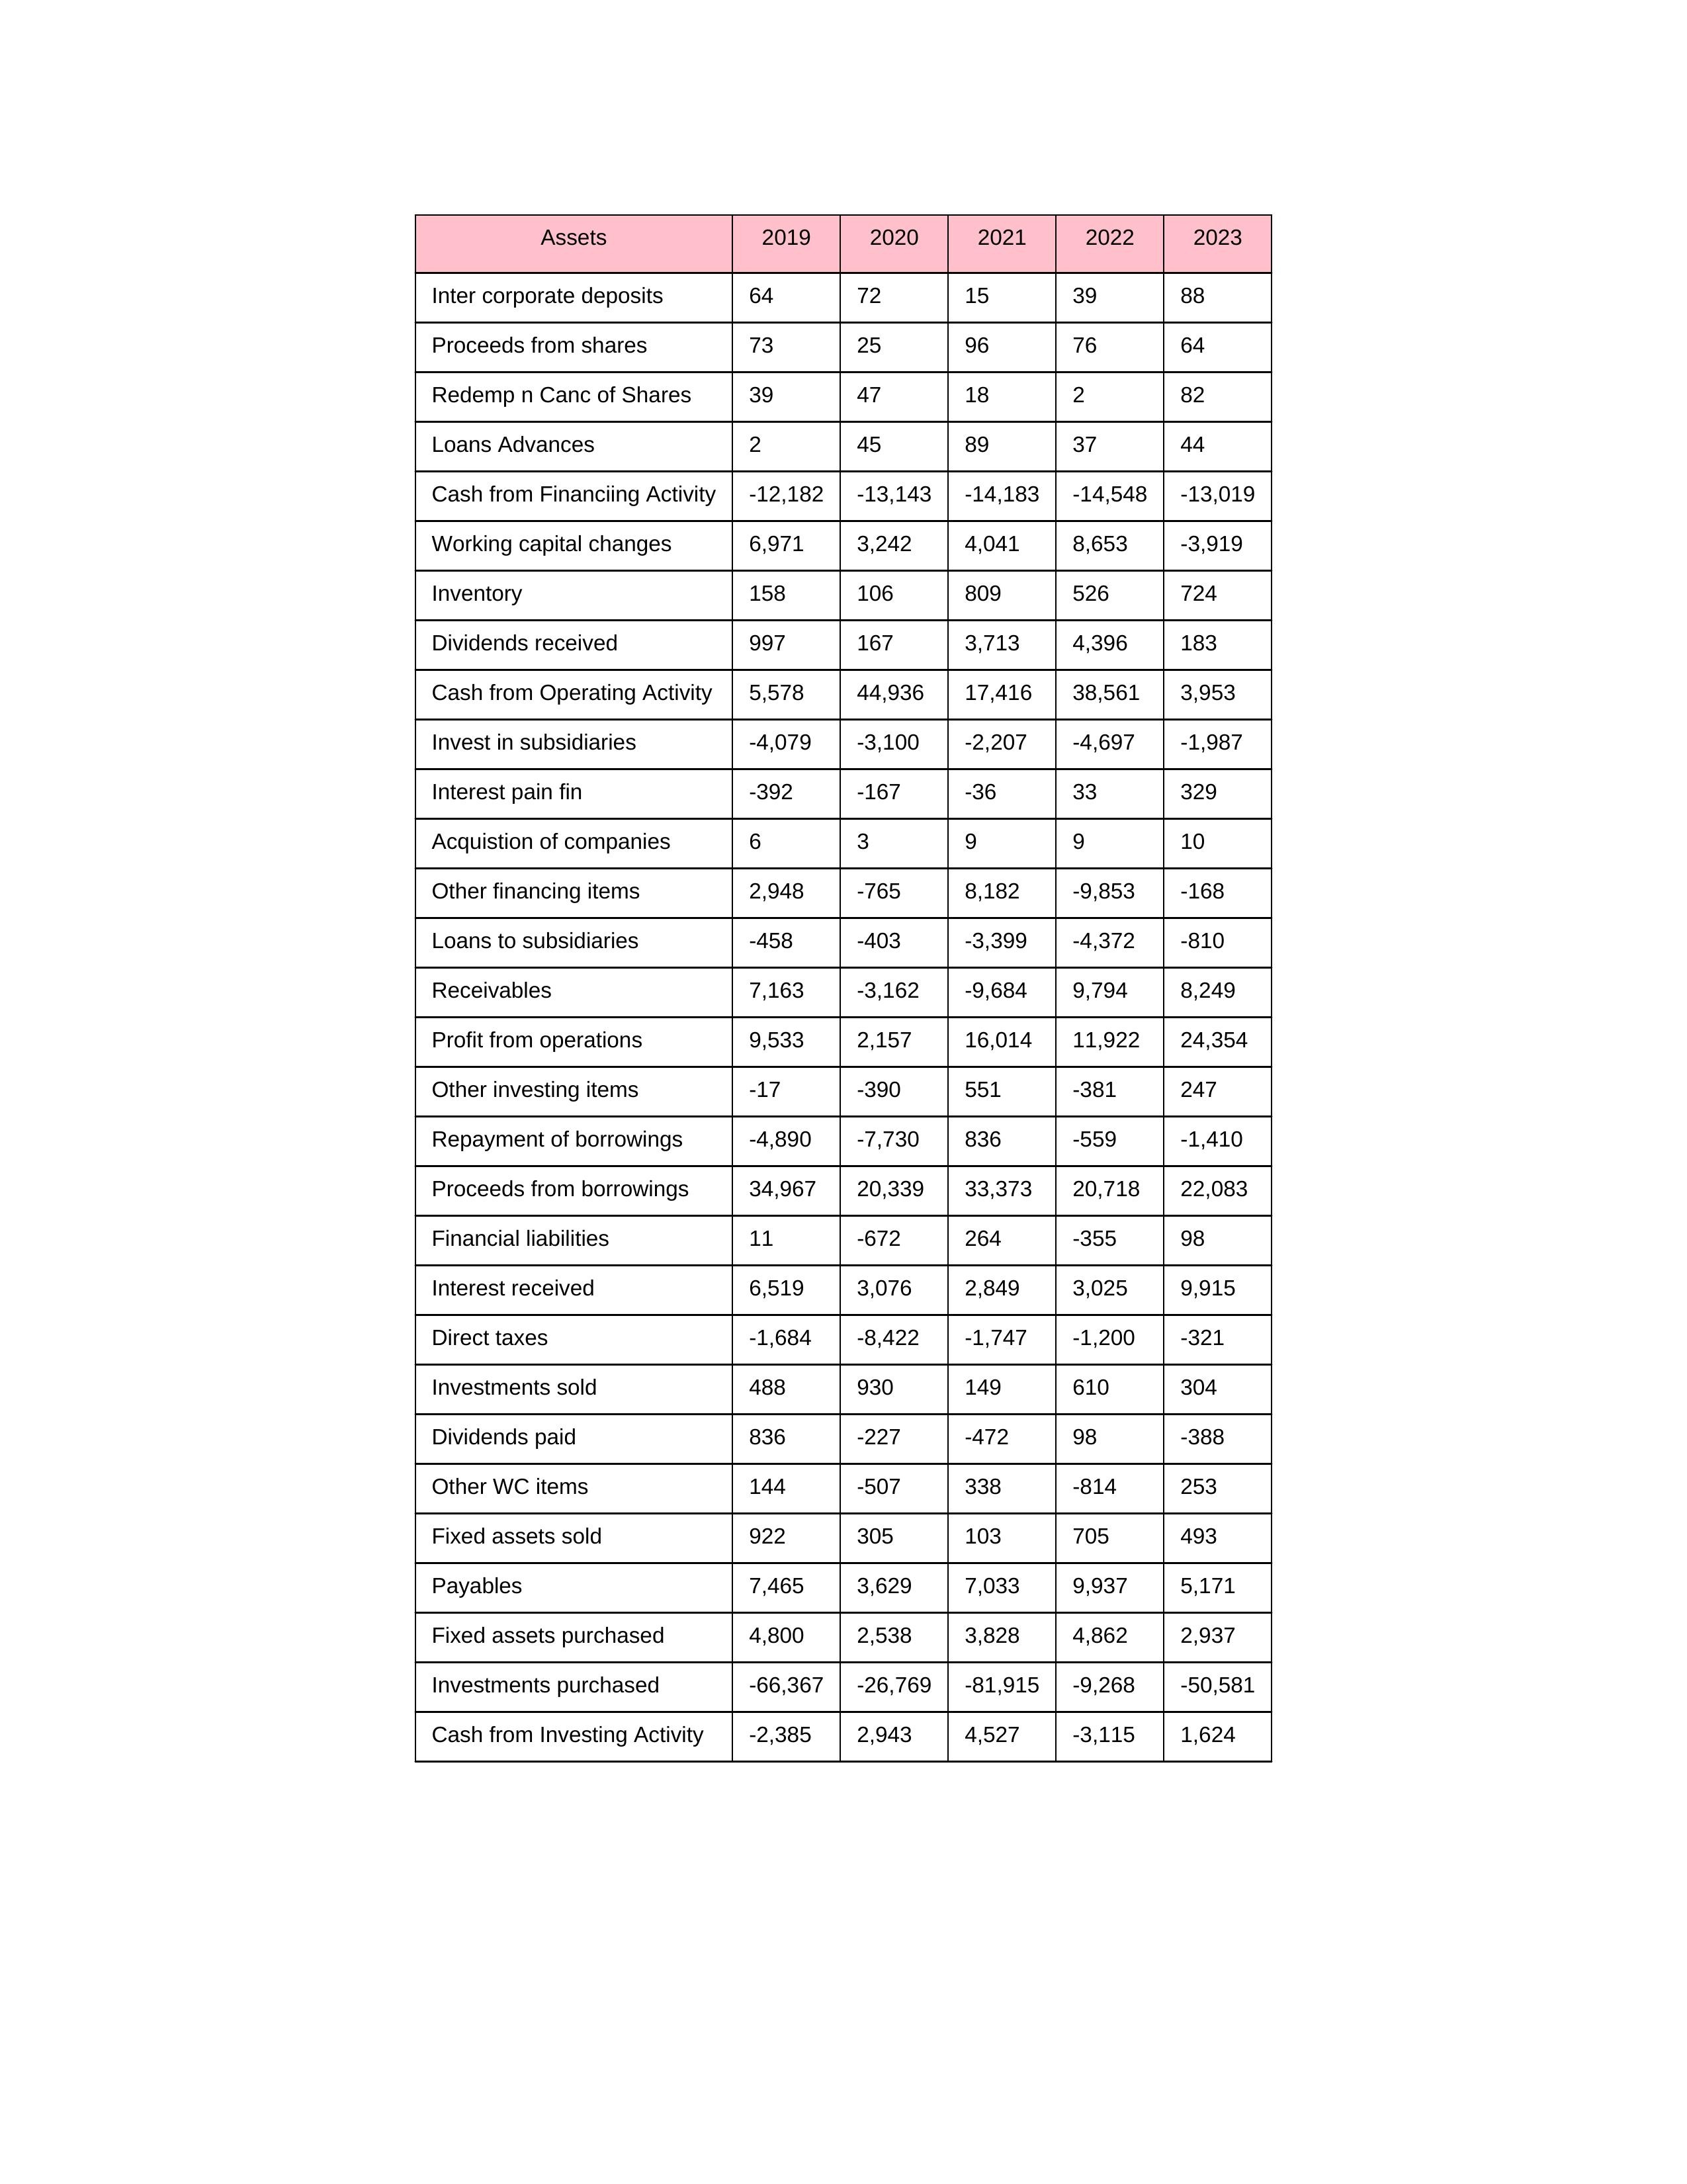
gt_parse: 2019: Cash from Operating Activity: 5,578
Profit from operations: 9,533
Receivables: 7,163
Inventory: 158
Payables: 7,465
Loans Advances: 2
Other WC items: 144
Working capital changes: 6,971
Direct taxes: -1,684
Cash from Investing Activity: -2,385
Fixed assets purchased: 4,800
Fixed assets sold: 922
Investments purchased: -66,367
Investments sold: 488
Interest received: 6,519
Dividends received: 997
Invest in subsidiaries: -4,079
Loans to subsidiaries: -458
Redemp n Canc of Shares: 39
Acquistion of companies: 6
Inter corporate deposits: 64
Other investing items: -17
Cash from Financiing Activity: -12,182
Proceeds from shares: 73
Proceeds from borrowings: 34,967
Repayment of borrowings: -4,890
Interest pain fin: -392
Dividends paid: 836
Financial liabilities: 11
Other financing items: 2,948
2020: Cash from Operating Activity: 44,936
Profit from operations: 2,157
Receivables: -3,162
Inventory: 106
Payables: 3,629
Loans Advances: 45
Other WC items: -507
Working capital changes: 3,242
Direct taxes: -8,422
Cash from Investing Activity: 2,943
Fixed assets purchased: 2,538
Fixed assets sold: 305
Investments purchased: -26,769
Investments sold: 930
Interest received: 3,076
Dividends received: 167
Invest in subsidiaries: -3,100
Loans to subsidiaries: -403
Redemp n Canc of Shares: 47
Acquistion of companies: 3
Inter corporate deposits: 72
Other investing items: -390
Cash from Financiing Activity: -13,143
Proceeds from shares: 25
Proceeds from borrowings: 20,339
Repayment of borrowings: -7,730
Interest pain fin: -167
Dividends paid: -227
Financial liabilities: -672
Other financing items: -765
2021: Cash from Operating Activity: 17,416
Profit from operations: 16,014
Receivables: -9,684
Inventory: 809
Payables: 7,033
Loans Advances: 89
Other WC items: 338
Working capital changes: 4,041
Direct taxes: -1,747
Cash from Investing Activity: 4,527
Fixed assets purchased: 3,828
Fixed assets sold: 103
Investments purchased: -81,915
Investments sold: 149
Interest received: 2,849
Dividends received: 3,713
Invest in subsidiaries: -2,207
Loans to subsidiaries: -3,399
Redemp n Canc of Shares: 18
Acquistion of companies: 9
Inter corporate deposits: 15
Other investing items: 551
Cash from Financiing Activity: -14,183
Proceeds from shares: 96
Proceeds from borrowings: 33,373
Repayment of borrowings: 836
Interest pain fin: -36
Dividends paid: -472
Financial liabilities: 264
Other financing items: 8,182
2022: Cash from Operating Activity: 38,561
Profit from operations: 11,922
Receivables: 9,794
Inventory: 526
Payables: 9,937
Loans Advances: 37
Other WC items: -814
Working capital changes: 8,653
Direct taxes: -1,200
Cash from Investing Activity: -3,115
Fixed assets purchased: 4,862
Fixed assets sold: 705
Investments purchased: -9,268
Investments sold: 610
Interest received: 3,025
Dividends received: 4,396
Invest in subsidiaries: -4,697
Loans to subsidiaries: -4,372
Redemp n Canc of Shares: 2
Acquistion of companies: 9
Inter corporate deposits: 39
Other investing items: -381
Cash from Financiing Activity: -14,548
Proceeds from shares: 76
Proceeds from borrowings: 20,718
Repayment of borrowings: -559
Interest pain fin: 33
Dividends paid: 98
Financial liabilities: -355
Other financing items: -9,853
2023: Cash from Operating Activity: 3,953
Profit from operations: 24,354
Receivables: 8,249
Inventory: 724
Payables: 5,171
Loans Advances: 44
Other WC items: 253
Working capital changes: -3,919
Direct taxes: -321
Cash from Investing Activity: 1,624
Fixed assets purchased: 2,937
Fixed assets sold: 493
Investments purchased: -50,581
Investments sold: 304
Interest received: 9,915
Dividends received: 183
Invest in subsidiaries: -1,987
Loans to subsidiaries: -810
Redemp n Canc of Shares: 82
Acquistion of companies: 10
Inter corporate deposits: 88
Other investing items: 247
Cash from Financiing Activity: -13,019
Proceeds from shares: 64
Proceeds from borrowings: 22,083
Repayment of borrowings: -1,410
Interest pain fin: 329
Dividends paid: -388
Financial liabilities: 98
Other financing items: -168